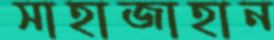
সাহাজাহান